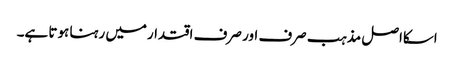
اسکااصل مذہب صرف اور صرف اقتدارمیں رہنا ہوتا ہے۔